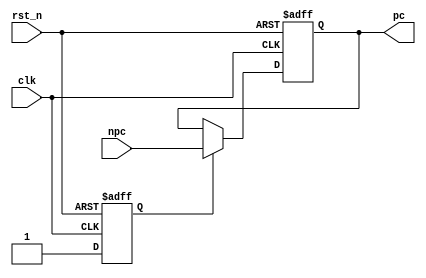
`timescale 1ns / 1ps

module pc(
    input               clk,
    input               rst_n,  
    input  wire [31:0]  npc,
    output wire [31:0]  pc 
);
parameter INIT_PC = 32'b0;  // 0CPU
reg [31:0] program_counter;
reg first_time;
assign pc = program_counter;

always @(posedge clk or negedge rst_n) begin
    if( ~rst_n ) begin
        program_counter <= INIT_PC;
        first_time <= 1'b0;
    end
    else 
        if (first_time == 1'b0)
            first_time <= 1'b1;
        else
            program_counter <= npc;
end

endmodule